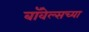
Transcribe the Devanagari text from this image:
बॉवेल्सच्या